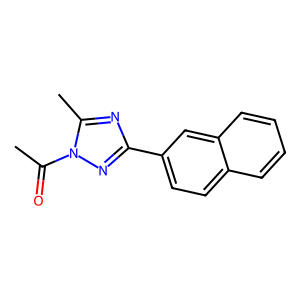
SMILES: CC(=O)n1nc(-c2ccc3ccccc3c2)nc1C
Inhibits HIV replication: No